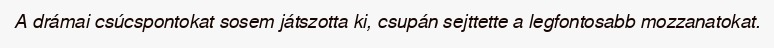
A drámai csúcspontokat sosem játszotta ki, csupán sejttette a legfontosabb mozzanatokat.